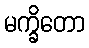
မက္ခိတော